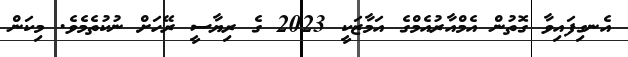
އެނގިފައިވާ ގޮތުން އެމްއާރުއެމްގެ އަމާޒަކީ 2023 ގެ ރިޔާސީ ރޭހަށް ނުކުތެމެވެ. މިކަން